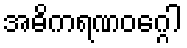
အဓိကရဏဝဂ္ဂေါ